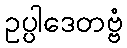
ဥပ္ပါဒေတဗ္ဗံ